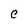
Character: C